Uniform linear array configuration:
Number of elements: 16
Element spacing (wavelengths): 0.75
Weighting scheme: hamming
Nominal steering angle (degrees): -60
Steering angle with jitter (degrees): -60.164
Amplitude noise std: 0.05
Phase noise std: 0.05

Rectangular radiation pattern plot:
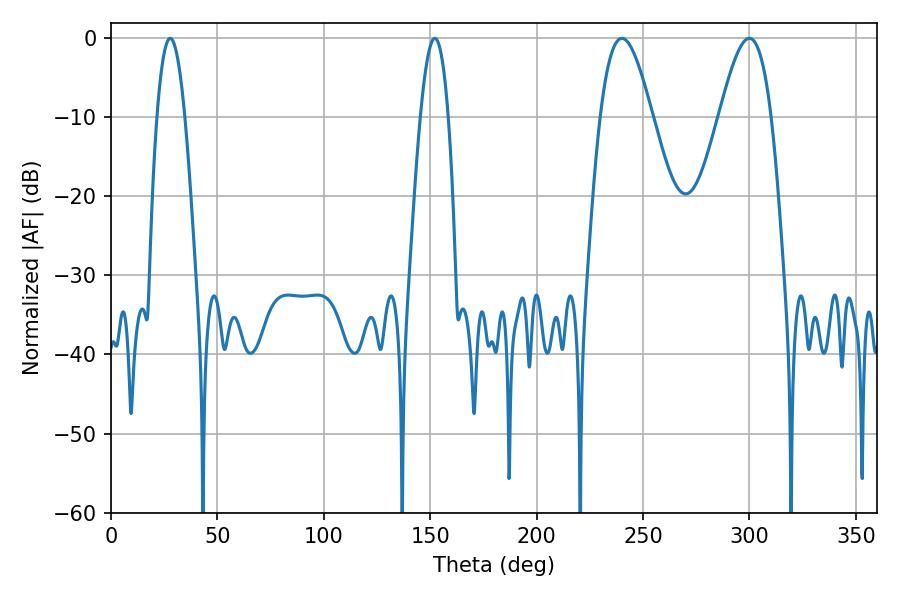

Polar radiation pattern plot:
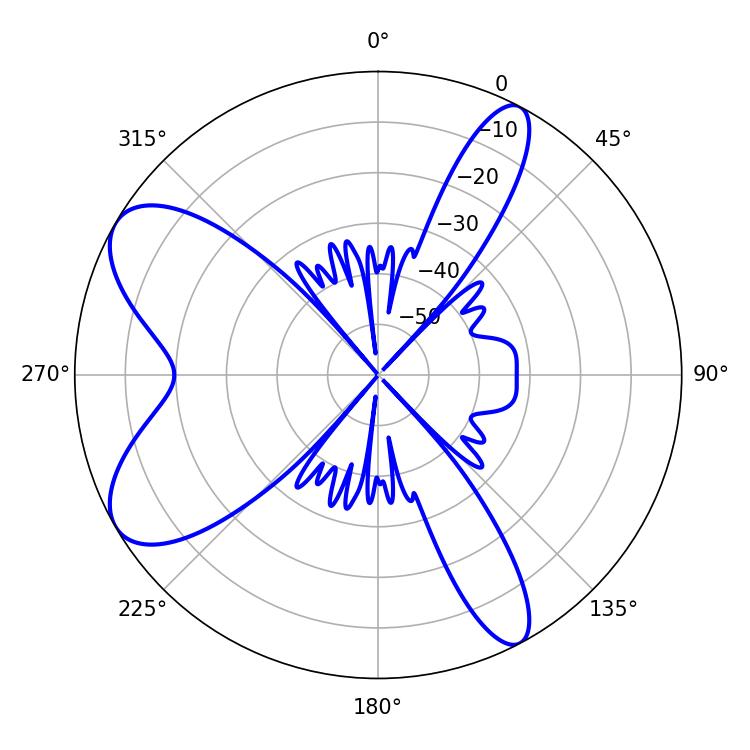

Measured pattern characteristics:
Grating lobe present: TRUE
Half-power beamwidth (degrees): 13.14
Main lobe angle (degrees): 299.88